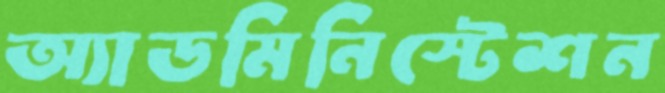
অ্যাডমিনিস্টেশন